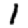
Digit: 1